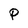
Character: P